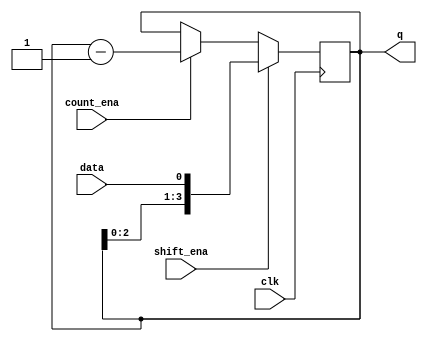
module top_module (
    input clk,
    input shift_ena,
    input count_ena,
    input data,
    output [3:0] q);
    
    always@(posedge clk) begin
        if(shift_ena)
            q <= {q[2:0], data};
        else if(count_ena) begin
            q <= q - 1'b1;
        end
        else begin
           	q <= q;
        end
    end

endmodule